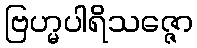
ဗြဟ္မပါရိသဇ္ဇော